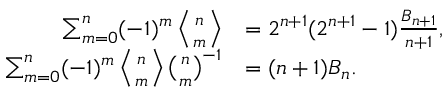
{ \begin{array} { r l } { \sum _ { m = 0 } ^ { n } ( - 1 ) ^ { m } \left\langle { n \atop m } \right\rangle } & { = 2 ^ { n + 1 } ( 2 ^ { n + 1 } - 1 ) { \frac { B _ { n + 1 } } { n + 1 } } , } \\ { \sum _ { m = 0 } ^ { n } ( - 1 ) ^ { m } \left\langle { n \atop m } \right\rangle { \binom { n } { m } } ^ { - 1 } } & { = ( n + 1 ) B _ { n } . } \end{array} }